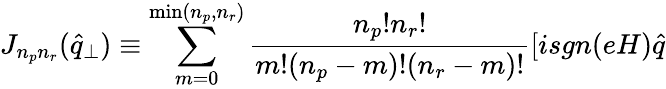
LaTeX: J_{n_{p}n_{r}}(\widehat{q}_{\perp})\equiv\sum_{m=0}^{\operatorname*{min}(n_{p},n_{r})}\frac{n_{p}!n_{r}!}{m!(n_{p}-m)!(n_{r}-m)!}[isgn(eH)\widehat{q}